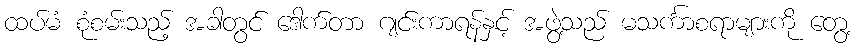
ထပ်မံ စုံစမ်းသည့် အခါတွင် ဒေါက်တာ ဂျင်းကာရန်နှင့် အဖွဲ့သည် မသင်္ကာစရာများကို တွေ့